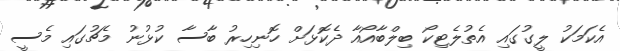
އެކަމަކު ލީގުގައި އެތުލެޓިކޯ ބިލްބާއޯއާ ދެކޮޅަށް ހޮނިހިރު ބާސާ ކުޅުނު މެޗުގައި މެސީ